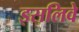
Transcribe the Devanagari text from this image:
इसलिवे